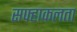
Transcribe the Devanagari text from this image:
सफ्हाकलता